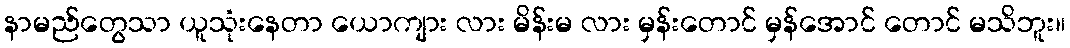
နာမည်တွေသာ ယူသုံးနေတာ ယောကျား လား မိန်းမ လား မှန်းတောင် မှန်အောင် တောင် မသိဘူး။